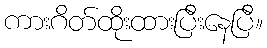
ကားဂိတ်ထိုးထားပြီးနေပြီ။